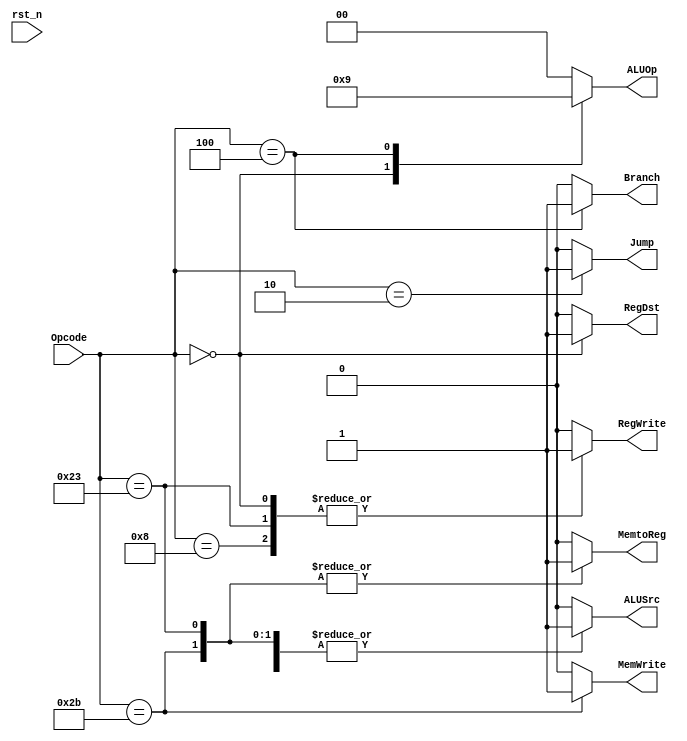
/*
    The Control Unit has multiple uses. It can determine the control lines for functional units and multiplexors.
    The control unit is slightly different then the Single Cycle version, this has a default case that sets all bits to 0
    If no opcode is provided
*/
module Control_Unit(
    input        rst_n,

    output  reg [1:0]    ALUOp,
    output  reg     MemWrite,RegWrite,
    output  reg     RegDst,
    output  reg     MemtoReg,
    output  reg     ALUSrc,
    output  reg     Branch,
    output  reg     Jump,
    input   [5:0]   Opcode
);

always @(*) begin
    if (rst_n) begin
        RegWrite = 1'b0;
        RegDst   = 1'b0;
        ALUSrc   = 1'b0;
        Branch   = 1'b0;
        MemWrite = 1'b0;
        MemtoReg = 1'b0;
        ALUOp    = 2'b00;
        Jump     = 1'b0;
    end
    case (Opcode)
        // R type no Immediate Instruction
        6'b000000 : begin
            RegWrite = 1'b1;
            RegDst   = 1'b1;
            ALUSrc   = 1'b0;
            Branch   = 1'b0;
            MemWrite = 1'b0;
            MemtoReg = 1'b0;
            ALUOp    = 2'b10;
            Jump     = 1'b0;
        end
        // beq Instruction
        6'b000100 : begin
            RegWrite = 1'b0;
            RegDst   = 1'b0;
            ALUSrc   = 1'b0;
            Branch   = 1'b1;    
            MemWrite = 1'b0;
            MemtoReg = 1'b0;
            ALUOp    = 2'b01;
            Jump     = 1'b0;
        end
        // sw Instruction
        6'b101011 : begin
            RegWrite = 1'b0;
            RegDst   = 1'b0;
            ALUSrc   = 1'b1;
            Branch   = 1'b0;
            MemWrite = 1'b1;
            MemtoReg = 1'b1;
            ALUOp    = 2'b00;
            Jump     = 1'b0;
        end
        // lw Instruction
        6'b100011 : begin
            RegWrite = 1'b1;
            RegDst   = 1'b0;
            ALUSrc   = 1'b1;
            Branch   = 1'b0;
            MemWrite = 1'b0;
            MemtoReg = 1'b1;
            ALUOp    = 2'b00;
            Jump     = 1'b0;
        end
        // addi Instruction
        6'b001000 : begin
            RegWrite = 1'b1;
            RegDst   = 1'b0;
            ALUSrc   = 1'b1;
            Branch   = 1'b0;
            MemWrite = 1'b0;
            MemtoReg = 1'b0;
            ALUOp    = 2'b00;
            Jump     = 1'b0;
        end
        // J type Instruction
        6'b000010 : begin
            RegWrite = 1'b0;
            RegDst   = 1'b0;
            ALUSrc   = 1'b0;
            Branch   = 1'b0;
            MemWrite = 1'b0;
            MemtoReg = 1'b0;
            ALUOp    = 2'b00;
            Jump     = 1'b1;
        end
        default: begin
            RegWrite = 1'b0;
            RegDst   = 1'b0;
            ALUSrc   = 1'b0;
            Branch   = 1'b0;
            MemWrite = 1'b0;
            MemtoReg = 1'b0;
            ALUOp    = 2'b00;
            Jump     = 1'b0;
        end
    endcase
end

endmodule